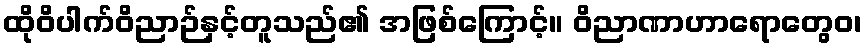
ထိုဝိပါက်ဝိညာဉ်နှင့်တူသည်၏ အဖြစ်ကြောင့်။ ဝိညာဏာဟာရောတွေဝ၊